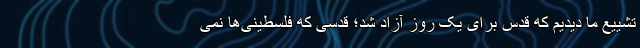
تشییع ما دیدیم که قدس برای یک روز آزاد شد؛ قدسی که فلسطینی‌ها نمی